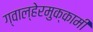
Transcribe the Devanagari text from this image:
ग्वाल्हेरमुक्कामी